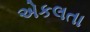
એકલતા